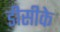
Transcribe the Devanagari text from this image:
डीसीके